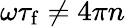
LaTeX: \omega\tau_{\mathrm{f}}\neq 4\pi n